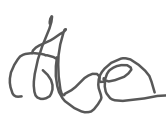
Text: the
Cross-out: wave
Writing tool: digital_gray